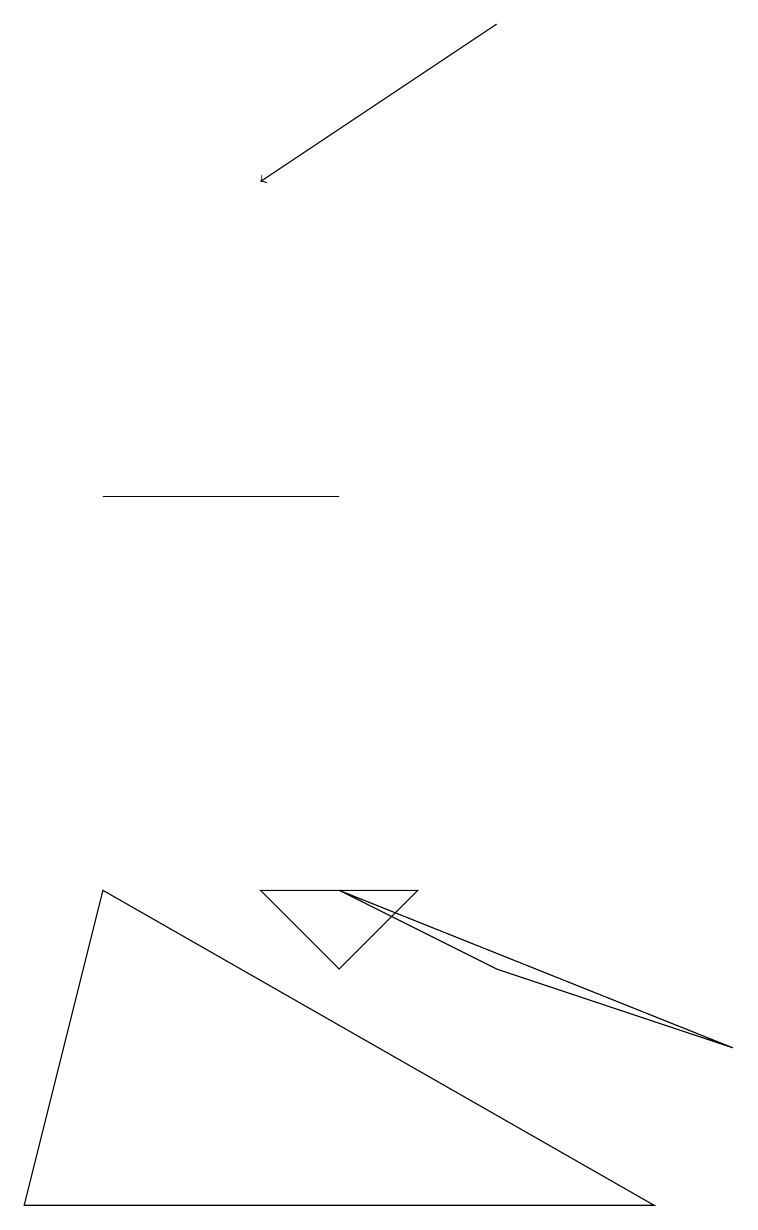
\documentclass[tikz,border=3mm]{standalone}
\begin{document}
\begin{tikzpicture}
\draw (4,5) -- (9,3) -- (6,4) -- cycle;
\draw (0,1) -- (8,1) -- (1,5) -- cycle;
\draw (5,5) -- (4,4) -- (3,5) -- cycle;
\draw (4,10) rectangle (1,10);
\draw[->] (6,16) -- (3,14);
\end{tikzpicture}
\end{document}